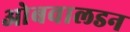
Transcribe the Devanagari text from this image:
ओबवालडन